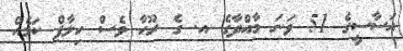
އަސާސީގެ 51 ވަނަ މާއްދާގެ އ. ގެ ރޫހާ ވެސް ހިލާފް ކަމެއް